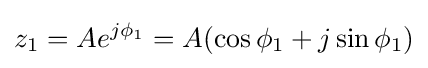
z_{1}=Ae^{j\phi _{1}}=A(\cos {\phi _{1}}+j\sin {\phi _{1}})